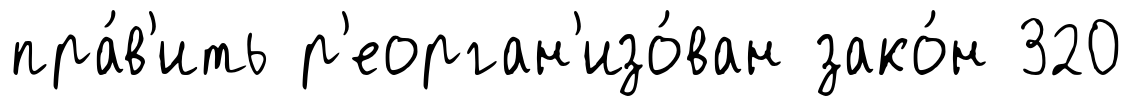
пра́в'ить р'еорган'изо́ван зако́н 320